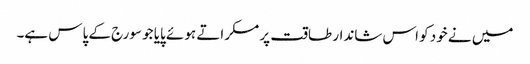
میں نے خود کو اس شاندار طاقت پر مسکراتے ہوئے پایا جو سورج کے پاس ہے۔